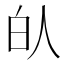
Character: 𰁮